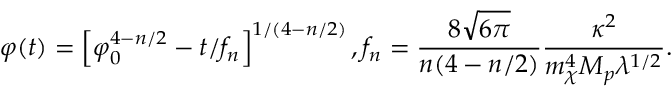
\varphi ( t ) = \left[ \varphi _ { 0 } ^ { 4 - n / 2 } - t / f _ { n } \right] ^ { 1 / ( 4 - n / 2 ) } , f _ { n } = \frac { 8 \sqrt { 6 \pi } } { n ( 4 - n / 2 ) } \frac { \kappa ^ { 2 } } { m _ { \chi } ^ { 4 } M _ { p } \lambda ^ { 1 / 2 } } .